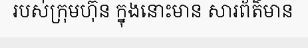
របស់ក្រុមហ៊ុន ក្នុងនោះមាន សារព័ត៌មាន